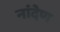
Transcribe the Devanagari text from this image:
नांदेण